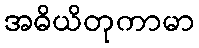
အဓိယိတုကာမာ